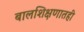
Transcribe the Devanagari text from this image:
बालशिक्षणातही